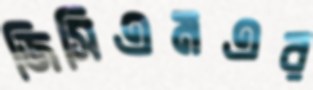
জিসিএমএর